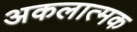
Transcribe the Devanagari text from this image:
अकलात्मक